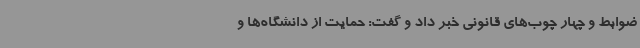
ضوابط و چهار چوب‌های قانونی خبر داد و گفت: حمایت از دانشگاه‌ها و